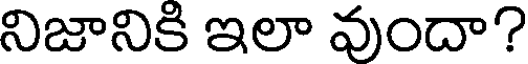
నిజానికి ఇలా వుందా?